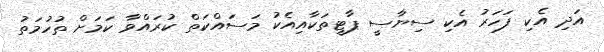
އަދި އެކި ފަހަރު އެކި ސިޔާސީ ޕާޓީތަކާއިއެކު މަސައްކަތް ކުރައްވާ ކަމަށް ތުހުމަތު